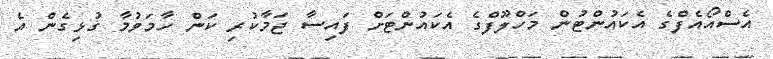
އެސްއޯއެފްގެ އެކައުންޓުން މަހްލޫފްގެ އެކައުންޓަށް ފައިސާ ޖަމާކުރި ކަން ހާމަވުމާ ގުޅިގެން އެ